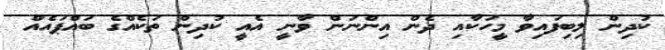
ކުދިން ލިބިފައިވާ މީހަކާއި ދެން އިންނަން ވާނީ އެއީ ކުދިން ތަކެއްގެ ބައްޕައެއް